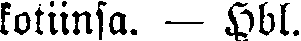
kotiinsa. — Hbl.